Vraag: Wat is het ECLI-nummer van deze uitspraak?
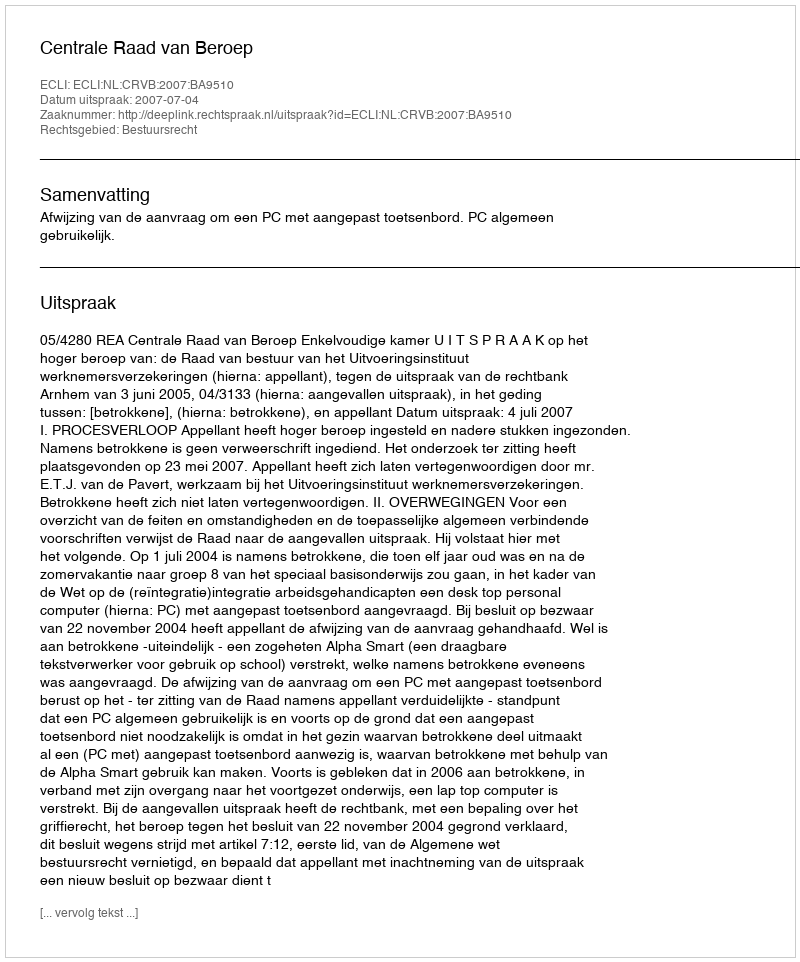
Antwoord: ECLI:NL:CRVB:2007:BA9510